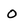
Character: O